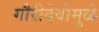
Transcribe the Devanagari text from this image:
गौरीदेवीमुळे